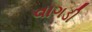
વાગડી